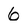
Character: 6